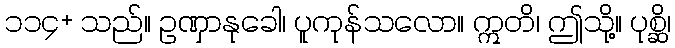
၁၁၄+ သည်။ ဥဏှာနုခေါ၊ ပူကုန်သလော။ ဣတိ၊ ဤသို့။ ပုစ္ဆိ၊